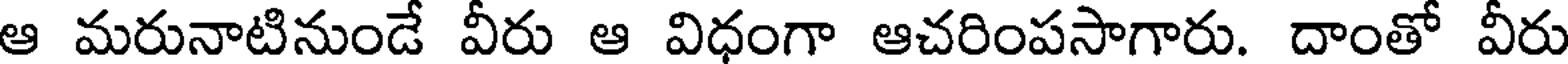
ఆ మరునాటినుండే వీరు ఆ విధంగా ఆచరింపసాగారు. దాంతో వీరు